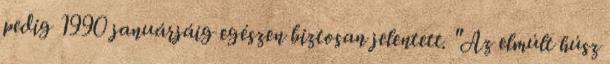
pedig 1990 januárjáig egészen biztosan jelentett. "Az elmúlt húsz